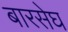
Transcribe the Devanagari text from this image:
बारसेघ